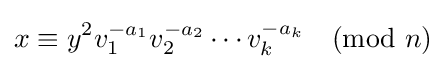
x\equiv y^{2}v_{1}^{-a_{1}}v_{2}^{-a_{2}}\cdots v_{k}^{-a_{k}}{\pmod {n}}